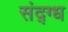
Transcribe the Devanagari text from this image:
संद्ग्ध